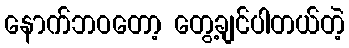
နောက်ဘဝတော့ တွေ့ချင်ပါတယ်တဲ့